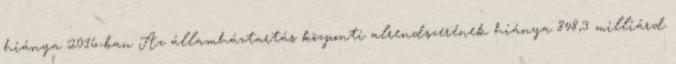
hiánya 2016-ban Az államháztartás központi alrendszerének hiánya 848,3 milliárd